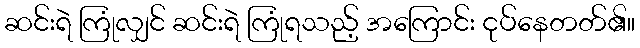
ဆင်းရဲ ကြုံလျှင် ဆင်းရဲ ကြုံရသည့် အကြောင်း ငုပ်နေတတ်၏။